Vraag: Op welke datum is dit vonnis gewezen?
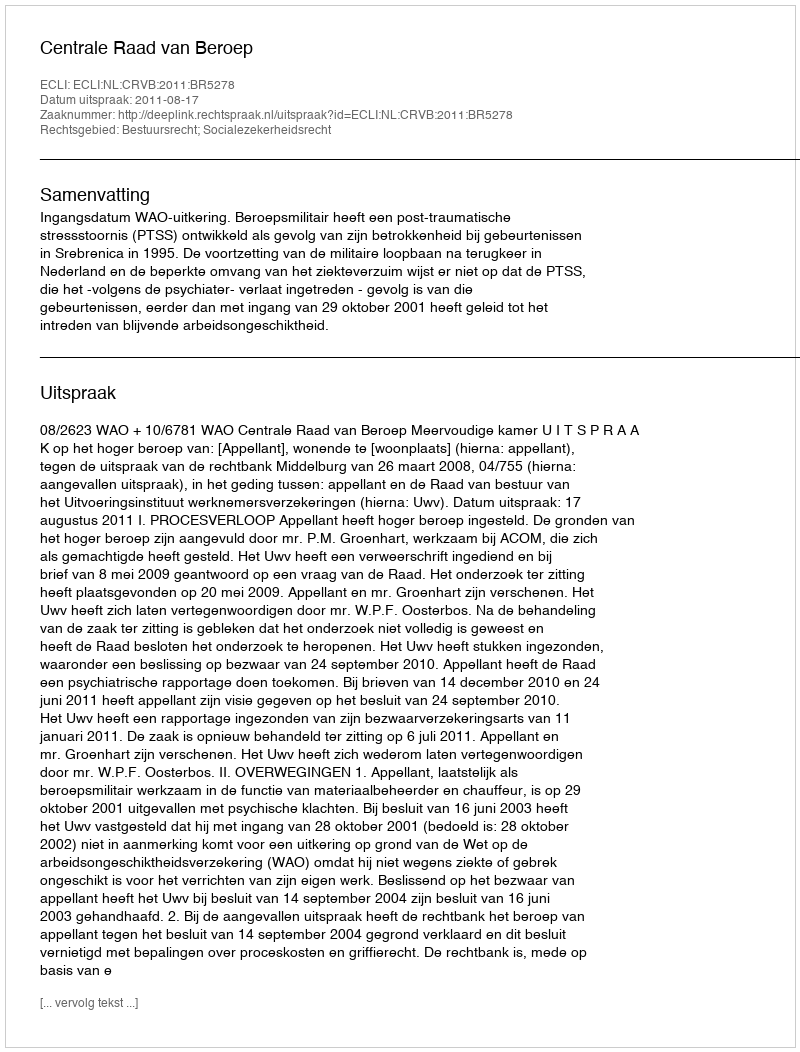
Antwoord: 2011-08-17